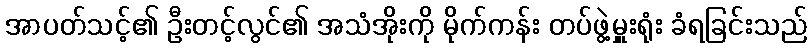
အာပတ်သင့်၏ ဦးတင့်လွင်၏ အသံအိုးကို မိုက်ကန်း တပ်ဖွဲ့မှူးရုံး ခံရခြင်းသည်